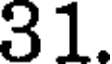
31.